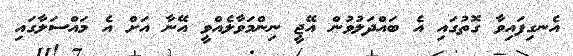
އެނގިފައިވާ ގޮތުގައި އެ ބައްދަލުވުން އޭޖީ ނިންމަވާލެއްވީ އޭނާ އަށް އެ މައްސަލާގައި